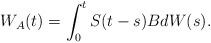
\begin{align*}W_A(t) = \int_0^t S(t-s)BdW(s).\end{align*}